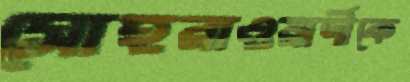
সোহরাওয়ার্দীকে